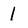
Character: 1